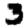
Digit: 3